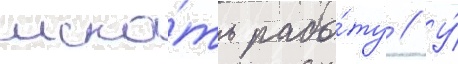
иска́ть рабо́ту // У́